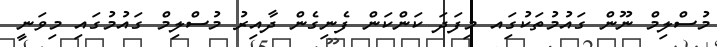
މުސްލިމް ނޫން ގައުމުތަކުގަިއ މިފަދަ ކަންކަން ފެނިގެން ދާއިރު މުސްލިމް ގައުމުގައި މިވަނީ